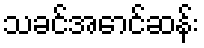
သခင်အောင်ဆန်း